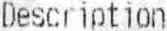
DESCRIPTION